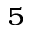
_ 5